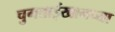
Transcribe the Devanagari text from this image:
चुगताईखानच्या